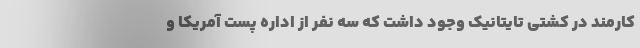
کارمند در کشتی تایتانیک وجود داشت که سه نفر از اداره پست آمریکا و